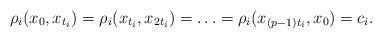
LaTeX: \begin{align*}\rho_i(x_0,x_{t_i})= \rho_i(x_{t_i},x_{2t_i})= \ldots= \rho_i(x_{(p-1)t_i},x_0)=c_i.\end{align*}